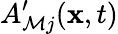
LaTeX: A_{\mathcal{M}j}^{\prime}(\mathbf{{x}},t)